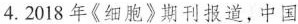
4.2018年《细胞》期刊报道，中国